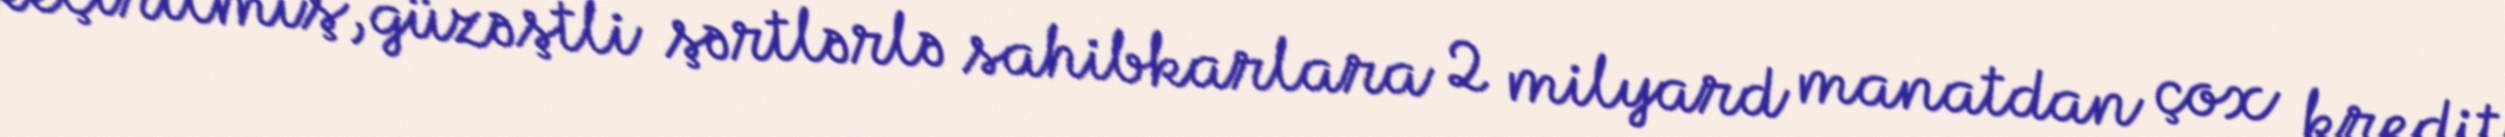
keçirilmiş, güzəştli şərtlərlə sahibkarlara 2 milyard manatdan çox kredit